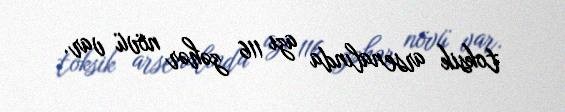
toksik arsenalında azı 116 zəhər növü var.